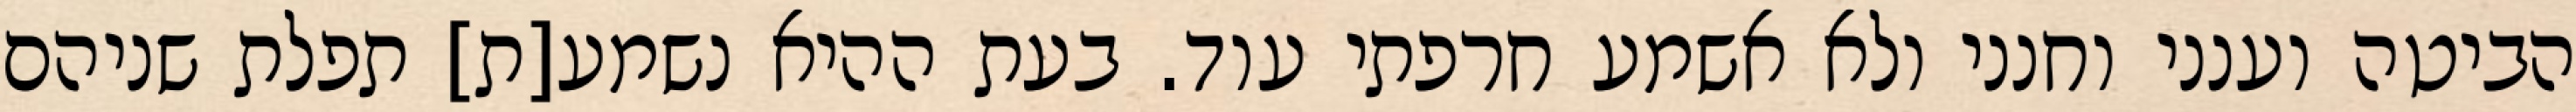
הביטה וענני וחנני ולא אשמע חרפתי עוד. בעת ההיא נשמע[ת] תפלת שניהם